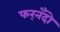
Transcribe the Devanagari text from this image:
फर्‌नँदो